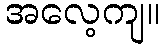
အလေ့ကျ။